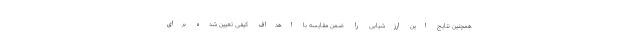
همچنین نتایج این ارزشیابی را ضمن مقایسه با اهداف کیفی تعیین شده برای